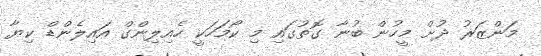
މަންޒަރު ދުށް މީހުން ބުނާ ގޮތުގައި މި ކޯމަހަކީ ހެއިލިންގް އައިލެންޑް ކިޔާ